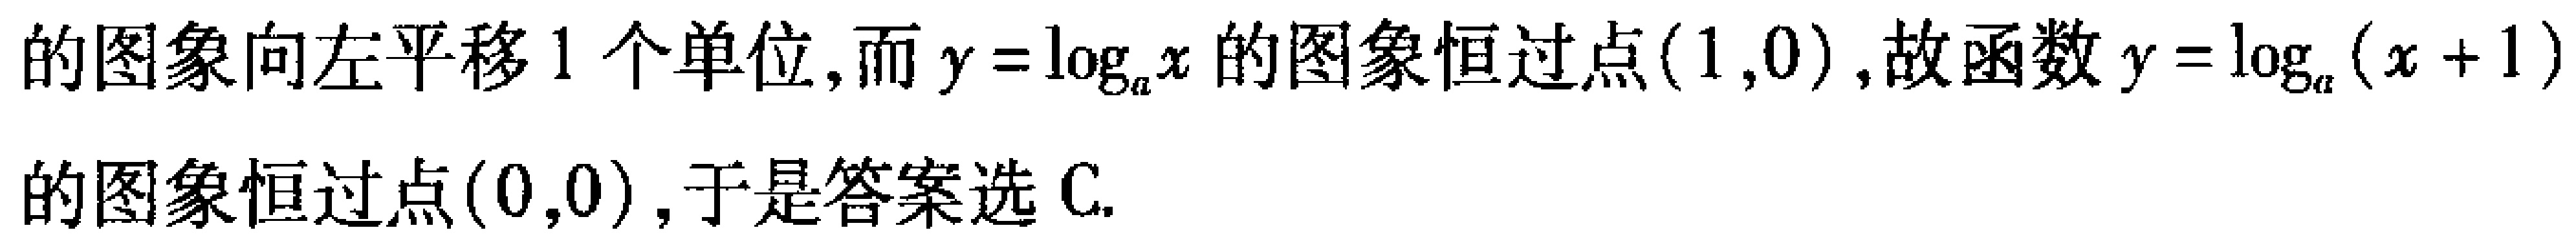
的图象向左平移1个单位,而\(y = \log_{a}x\)的图象恒过点\((1,0)\),故函数\(y = \log_{a}(x + 1)\)的图象恒过点\((0,0)\),于是答案选C.